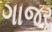
ગાજરૢ